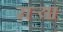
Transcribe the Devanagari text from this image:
सर्‍या